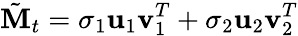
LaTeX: \tilde{\mathbf{M}}_{t}=\sigma_{1}\mathbf{u}_{1}\mathbf{v}_{1}^{T}+\sigma_{2}\mathbf{u}_{2}\mathbf{v}_{2}^{T}